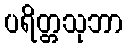
ပရိတ္တသုဘာ